Leaving Certificate, 1896
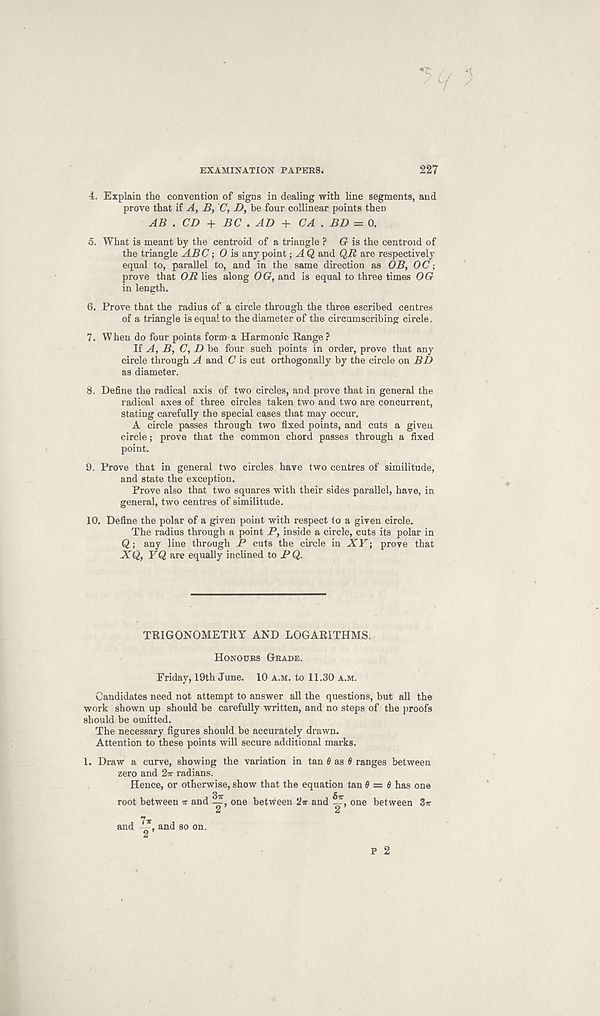
EXAMINATION PAPERS.
227
4. Explain the convention of signs in dealing with line segments, and
prove that if A, B, C, D, be four collinear points then
AB . CD + BC . AD + CA . BD = 0.
5. What is meant by the centroid of a triangle ? Cr is the centroid of
the triangle ABC; 0 is any point; A Q and QR are respectively
equal to, parallel to, and in the same direction as OB, OC;
prove that OR lies along OG, and is equal to three times OG
in length.
6. Prove that the radius of a circle through the three escribed centres
of a triangle is equal to the diameter of the circumscribing circle.
7. When do four points form a Harmonic Eange ?
If A, B, C, D be four such points in order, prove that any
circle through A and C is cut orthogonally by the circle on BD
as diameter.
8. Define the radical axis of two circles, and prove that in general the
radical axes of three circles taken two and two are concurrent,
stating carefully the special cases that may occur.
A circle passes through two fixed points, and cuts a given
circle; prove that the common chord passes through a fixed
point.
9. Prove that in general two circles have two centres of similitude,
and state the exception.
Prove also that two squares with their sides parallel, have, in
general, two centres of similitude.
10. Define the polar of a given point with respect to a given circle.
The radius through a point P, inside a circle, cuts its polar in
Q; any line through P cuts the circle in XV; prove that
XQ, YQ are equally inclined to BQ.
TRIGONOMETRY AND LOGARITHMS.
Honours Grade.
Friday, 19th June. 10 a.m. to 11.30 a.m.
Candidates need not attempt to answer all the questions, but all the
work shown up should be carefully written, and no steps of the proofs
should be omitted.
The necessary figures should be accurately drawn.
Attention to these points will secure additional marks.
1. Draw a curve, showing the variation in tan 0 as 0 ranges between
zero and 2ir radians.
Hence, or otherwise, show that the equation tan 0 = 0 has one
root between w and one between 2ir and one between 3w
and and so on.
P 2